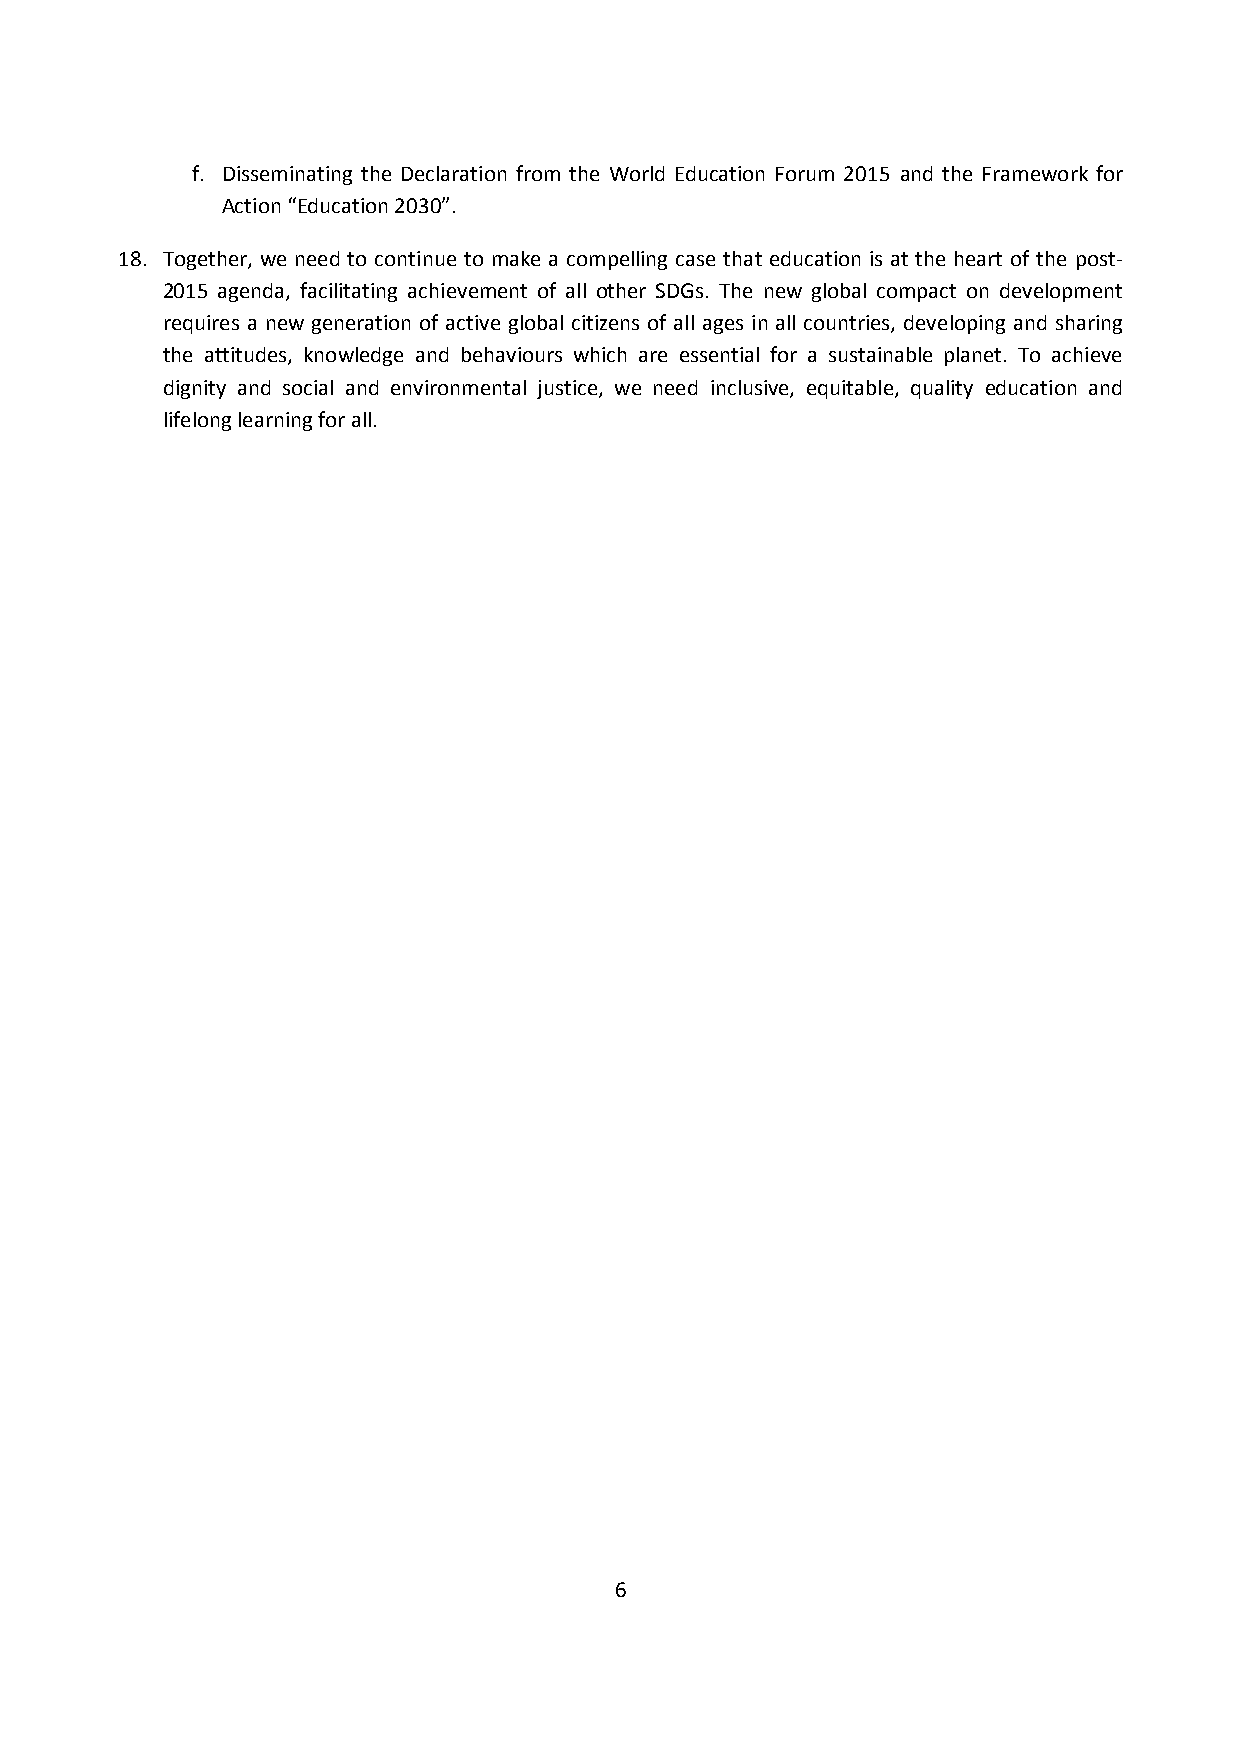
f. Disseminating the Declaration from the World Education Forum 2015 and the Framework for
 Action “Education 2030”.
 18. Together, we need to continue to make a compelling case that education is at the heart of the post-
 2015 agenda, facilitating achievement of all other SDGs. The new global compact on development
 requires a new generation of active global citizens of all ages in all countries, developing and sharing
 the attitudes, knowledge and behaviours which are essential for a sustainable planet. To achieve
 dignity and social and environmental justice, we need inclusive, equitable, quality education and
 lifelong learning for all.
 6